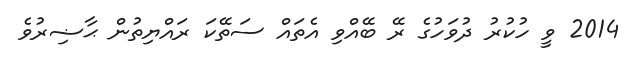
2014 ވީ ހުކުރު ދުވަހުގެ ރޭ ބޭއްވި އެތައް ސަތޭކަ ރައްޔިތުން ޙާޟިރުވެ